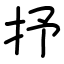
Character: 抒